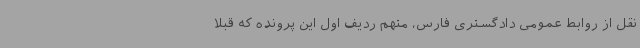
نقل از روابط عمومی دادگستری فارس، متهم ردیف اول این پرونده که قبلا